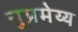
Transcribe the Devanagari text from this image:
सुप्रमेय्य